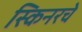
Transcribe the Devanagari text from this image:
स्किनरचे